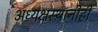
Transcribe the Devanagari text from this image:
अध्यक्षस्थानीही